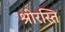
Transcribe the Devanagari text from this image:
श्रीरस्ति